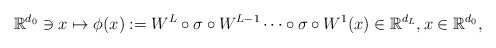
\begin{align*}\mathbb{R}^{d_0}\ni x \mapsto \phi(x):= W^L\circ\sigma\circ W^{L-1}\cdots\circ\sigma\circ W^1(x)\in \mathbb{R}^{d_L}, x\in \mathbb{R}^{d_0}, \end{align*}